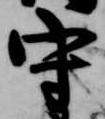
守